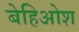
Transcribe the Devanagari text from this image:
बेहिओश